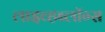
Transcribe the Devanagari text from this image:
लाइव्हब्लॉग्स